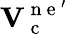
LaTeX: \mathbf{V}_{\mathrm{~c~}}^{\mathrm{~n~e~}^{\prime}}